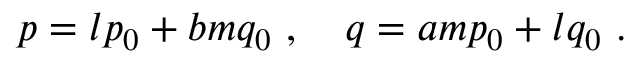
p = l p _ { 0 } + b m q _ { 0 } \ , \ \ \ q = a m p _ { 0 } + l q _ { 0 } \ .